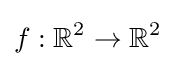
f:\mathbb {R} ^{2}\rightarrow \mathbb {R} ^{2}